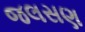
જલસણ